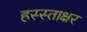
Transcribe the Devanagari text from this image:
हस्स्ताक्षर